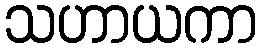
သဟာယကာ